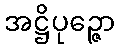
အဋ္ဌိပုဉ္ဇော